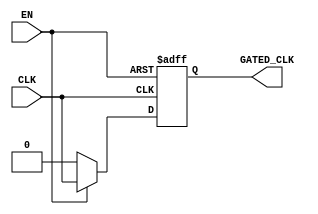
module clock_gating (
    input wire CLK,        // Primary clock signal
    input wire EN,         // Enable signal for clock gating
    output wire GATED_CLK  // Gated clock output
);

    // Internal signal to hold the gated clock output
    wire clk_enable;

    // Logic to control the gated clock output based on the enable signal
    assign clk_enable = (EN) ? CLK : 1'b0;  // If EN is high, pass CLK; otherwise, ground it
    
    // Using a simple D flip-flop to synchronize the gated clock output
    reg gated_clk_reg;
    
    always @(posedge CLK or negedge EN) begin
        if (!EN)
            gated_clk_reg <= 1'b0; // Reset the gated clock when EN is low
        else
            gated_clk_reg <= clk_enable; // Pass the clock when EN is high
    end

    assign GATED_CLK = gated_clk_reg;

endmodule